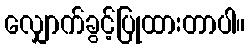
လျှောက်ခွင့်ပြုထားတာပါ။